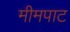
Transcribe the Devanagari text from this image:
मीमपाट